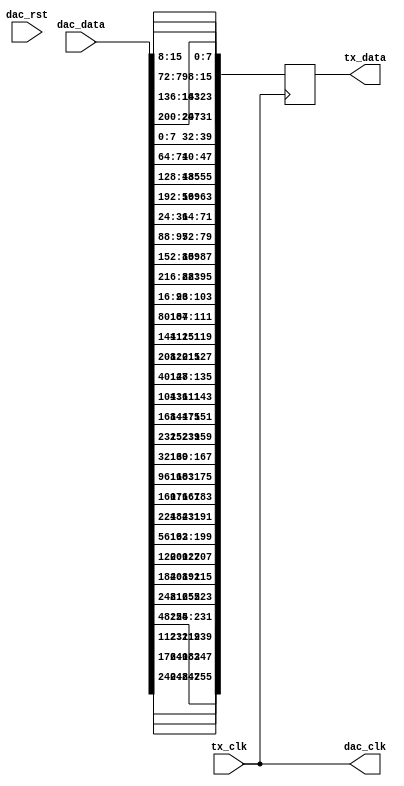
// ***************************************************************************
// ***************************************************************************
// Copyright 2011(c) Analog Devices, Inc.
// 
// All rights reserved.
// 
// Redistribution and use in source and binary forms, with or without modification,
// are permitted provided that the following conditions are met:
//     - Redistributions of source code must retain the above copyright
//       notice, this list of conditions and the following disclaimer.
//     - Redistributions in binary form must reproduce the above copyright
//       notice, this list of conditions and the following disclaimer in
//       the documentation and/or other materials provided with the
//       distribution.
//     - Neither the name of Analog Devices, Inc. nor the names of its
//       contributors may be used to endorse or promote products derived
//       from this software without specific prior written permission.
//     - The use of this software may or may not infringe the patent rights
//       of one or more patent holders.  This license does not release you
//       from the requirement that you obtain separate licenses from these
//       patent holders to use this software.
//     - Use of the software either in source or binary form, must be run
//       on or directly connected to an Analog Devices Inc. component.
//    
// THIS SOFTWARE IS PROVIDED BY ANALOG DEVICES "AS IS" AND ANY EXPRESS OR IMPLIED WARRANTIES,
// INCLUDING, BUT NOT LIMITED TO, NON-INFRINGEMENT, MERCHANTABILITY AND FITNESS FOR A
// PARTICULAR PURPOSE ARE DISCLAIMED.
//
// IN NO EVENT SHALL ANALOG DEVICES BE LIABLE FOR ANY DIRECT, INDIRECT, INCIDENTAL, SPECIAL,
// EXEMPLARY, OR CONSEQUENTIAL DAMAGES (INCLUDING, BUT NOT LIMITED TO, INTELLECTUAL PROPERTY
// RIGHTS, PROCUREMENT OF SUBSTITUTE GOODS OR SERVICES; LOSS OF USE, DATA, OR PROFITS; OR 
// BUSINESS INTERRUPTION) HOWEVER CAUSED AND ON ANY THEORY OF LIABILITY, WHETHER IN CONTRACT,
// STRICT LIABILITY, OR TORT (INCLUDING NEGLIGENCE OR OTHERWISE) ARISING IN ANY WAY OUT OF 
// THE USE OF THIS SOFTWARE, EVEN IF ADVISED OF THE POSSIBILITY OF SUCH DAMAGE.
// ***************************************************************************
// ***************************************************************************

`timescale 1ns / 1ps

module axi_ad9162_if (

    // jesd interface
    // tx_clk is (line-rate/40)
    
    tx_clk,
    tx_data,
    
    // dac interface
    
    dac_clk,
    dac_rst,
    dac_data);
    
    // altera (0x1) or xilinx (0x0)

    parameter DEVICE_TYPE = 0;

    // jesd interface
    // tx_clk is (line-rate/40)
    
    input             tx_clk;
    output  [255:0]   tx_data;
    
    // dac interface
    
    output            dac_clk;
    input             dac_rst;
    input   [255:0]   dac_data;

    // internal registers

    reg     [255:0]   tx_data = 'd0;
    
    // reorder data for the jesd links
    
    assign dac_clk = tx_clk;

    always @(posedge tx_clk) begin
      tx_data[255:248] <= (DEVICE_TYPE == 1) ? dac_data[ 55: 48] : dac_data[247:240];
      tx_data[247:240] <= (DEVICE_TYPE == 1) ? dac_data[119:112] : dac_data[183:176];
      tx_data[239:232] <= (DEVICE_TYPE == 1) ? dac_data[183:176] : dac_data[119:112];
      tx_data[231:224] <= (DEVICE_TYPE == 1) ? dac_data[247:240] : dac_data[ 55: 48];
      tx_data[223:216] <= (DEVICE_TYPE == 1) ? dac_data[ 63: 56] : dac_data[255:248];
      tx_data[215:208] <= (DEVICE_TYPE == 1) ? dac_data[127:120] : dac_data[191:184];
      tx_data[207:200] <= (DEVICE_TYPE == 1) ? dac_data[191:184] : dac_data[127:120];
      tx_data[199:192] <= (DEVICE_TYPE == 1) ? dac_data[255:248] : dac_data[ 63: 56];
      tx_data[191:184] <= (DEVICE_TYPE == 1) ? dac_data[ 39: 32] : dac_data[231:224];
      tx_data[183:176] <= (DEVICE_TYPE == 1) ? dac_data[103: 96] : dac_data[167:160];
      tx_data[175:168] <= (DEVICE_TYPE == 1) ? dac_data[167:160] : dac_data[103: 96];
      tx_data[167:160] <= (DEVICE_TYPE == 1) ? dac_data[231:224] : dac_data[ 39: 32];
      tx_data[159:152] <= (DEVICE_TYPE == 1) ? dac_data[ 47: 40] : dac_data[239:232];
      tx_data[151:144] <= (DEVICE_TYPE == 1) ? dac_data[111:104] : dac_data[175:168];
      tx_data[143:136] <= (DEVICE_TYPE == 1) ? dac_data[175:168] : dac_data[111:104];
      tx_data[135:128] <= (DEVICE_TYPE == 1) ? dac_data[239:232] : dac_data[ 47: 40];
      tx_data[127:120] <= (DEVICE_TYPE == 1) ? dac_data[ 23: 16] : dac_data[215:208];
      tx_data[119:112] <= (DEVICE_TYPE == 1) ? dac_data[ 87: 80] : dac_data[151:144];
      tx_data[111:104] <= (DEVICE_TYPE == 1) ? dac_data[151:144] : dac_data[ 87: 80];
      tx_data[103: 96] <= (DEVICE_TYPE == 1) ? dac_data[215:208] : dac_data[ 23: 16];
      tx_data[ 95: 88] <= (DEVICE_TYPE == 1) ? dac_data[ 31: 24] : dac_data[223:216];
      tx_data[ 87: 80] <= (DEVICE_TYPE == 1) ? dac_data[ 95: 88] : dac_data[159:152];
      tx_data[ 79: 72] <= (DEVICE_TYPE == 1) ? dac_data[159:152] : dac_data[ 95: 88];
      tx_data[ 71: 64] <= (DEVICE_TYPE == 1) ? dac_data[223:216] : dac_data[ 31: 24];
      tx_data[ 63: 56] <= (DEVICE_TYPE == 1) ? dac_data[  7:  0] : dac_data[199:192];
      tx_data[ 55: 48] <= (DEVICE_TYPE == 1) ? dac_data[ 71: 64] : dac_data[135:128];
      tx_data[ 47: 40] <= (DEVICE_TYPE == 1) ? dac_data[135:128] : dac_data[ 71: 64];
      tx_data[ 39: 32] <= (DEVICE_TYPE == 1) ? dac_data[199:192] : dac_data[  7:  0];
      tx_data[ 31: 24] <= (DEVICE_TYPE == 1) ? dac_data[ 15:  8] : dac_data[207:200];
      tx_data[ 23: 16] <= (DEVICE_TYPE == 1) ? dac_data[ 79: 72] : dac_data[143:136];
      tx_data[ 15:  8] <= (DEVICE_TYPE == 1) ? dac_data[143:136] : dac_data[ 79: 72];
      tx_data[  7:  0] <= (DEVICE_TYPE == 1) ? dac_data[207:200] : dac_data[ 15:  8];
    end
   
endmodule

// ***************************************************************************
// ***************************************************************************